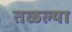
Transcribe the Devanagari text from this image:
तळल्या